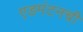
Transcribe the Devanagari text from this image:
एडमंटनची